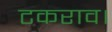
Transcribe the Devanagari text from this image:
टकराव।